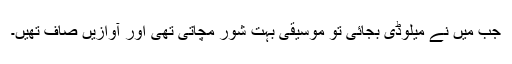
جب میں نے میلوڈی بجائی تو موسیقی بہت شور مچاتی تھی اور آوازیں صاف تھیں۔